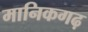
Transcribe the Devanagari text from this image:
मानिकगढ़